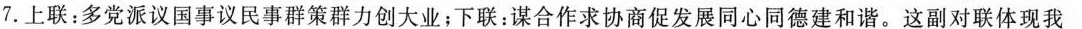
7.上联：多党派议国事议民事群策群力创大业；下联：谋合作求协商促发展同心同德建和谐。这副对联体现我